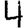
Digit: 4